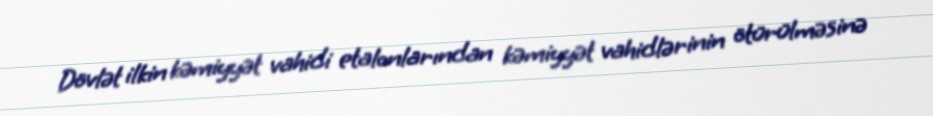
Dövlət ilkin kəmiyyət vahidi etalonlarından kəmiyyət vahidlərinin ötürülməsinə